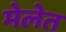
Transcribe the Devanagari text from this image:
मेलेत